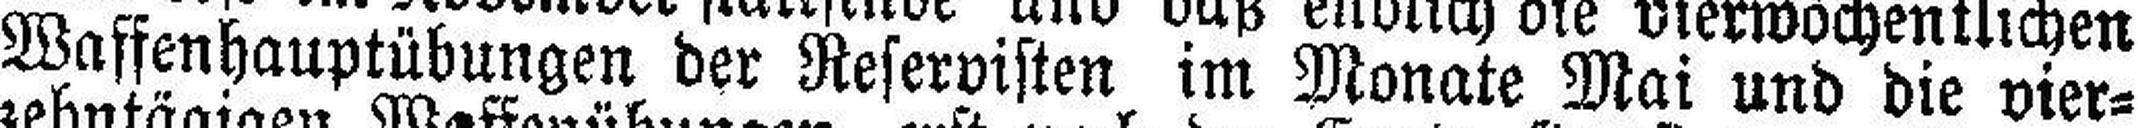
Waffenhauptübungen der Reservisten im Monate Mai und die vier¬